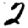
Digit: 2